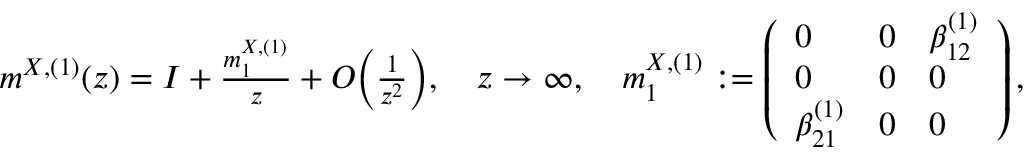
\begin{array} { r } { m ^ { X , ( 1 ) } ( z ) = I + \frac { m _ { 1 } ^ { X , ( 1 ) } } { z } + O \biggl ( \frac { 1 } { z ^ { 2 } } \biggr ) , \quad z \to \infty , \quad m _ { 1 } ^ { X , ( 1 ) } : = \left( \begin{array} { l l l } { 0 } & { 0 } & { \beta _ { 1 2 } ^ { ( 1 ) } } \\ { 0 } & { 0 } & { 0 } \\ { \beta _ { 2 1 } ^ { ( 1 ) } } & { 0 } & { 0 } \end{array} \right) , } \end{array}